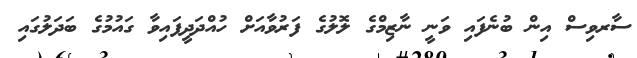
ސާރވިސް އިން ބުނެފައި ވަނީ ނާޒިމްގެ ލޮލުގެ ފަރުވާއަށް ހުއްދަދީފައިވާ ގައުމުގެ ބަދަލުގައި